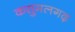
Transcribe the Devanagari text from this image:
कसुमलगढ़